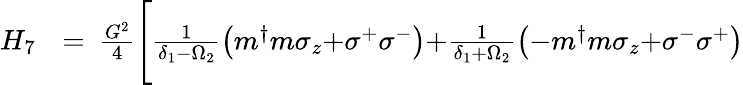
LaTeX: \begin{array}{rlr}{H_{7}\! \! }&{{}=}&{\! \! \! \frac{G^{2}}{4}\Bigg[\frac{1}{\delta_{1}{-}\Omega_{2}}\left(m^{\dagger}m\sigma_{z}{+}\sigma^{+}\sigma^{-}\right){+}\frac{1}{\delta_{1}{+}\Omega_{2}}\left(-m^{\dagger}m\sigma_{z}{+}\sigma^{-}\sigma^{+}\right)}\end{array}